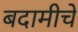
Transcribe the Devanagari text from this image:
बदामीचे